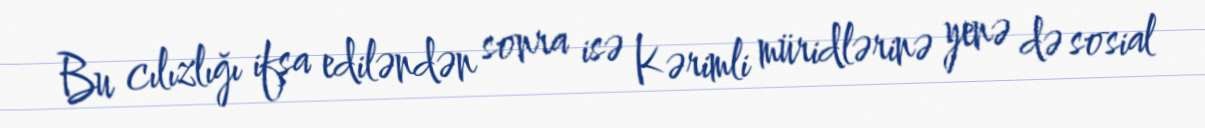
Bu cılızlığı ifşa ediləndən sonra isə Kərimli müridlərinə yenə də sosial